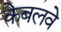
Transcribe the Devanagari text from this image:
केबलवे